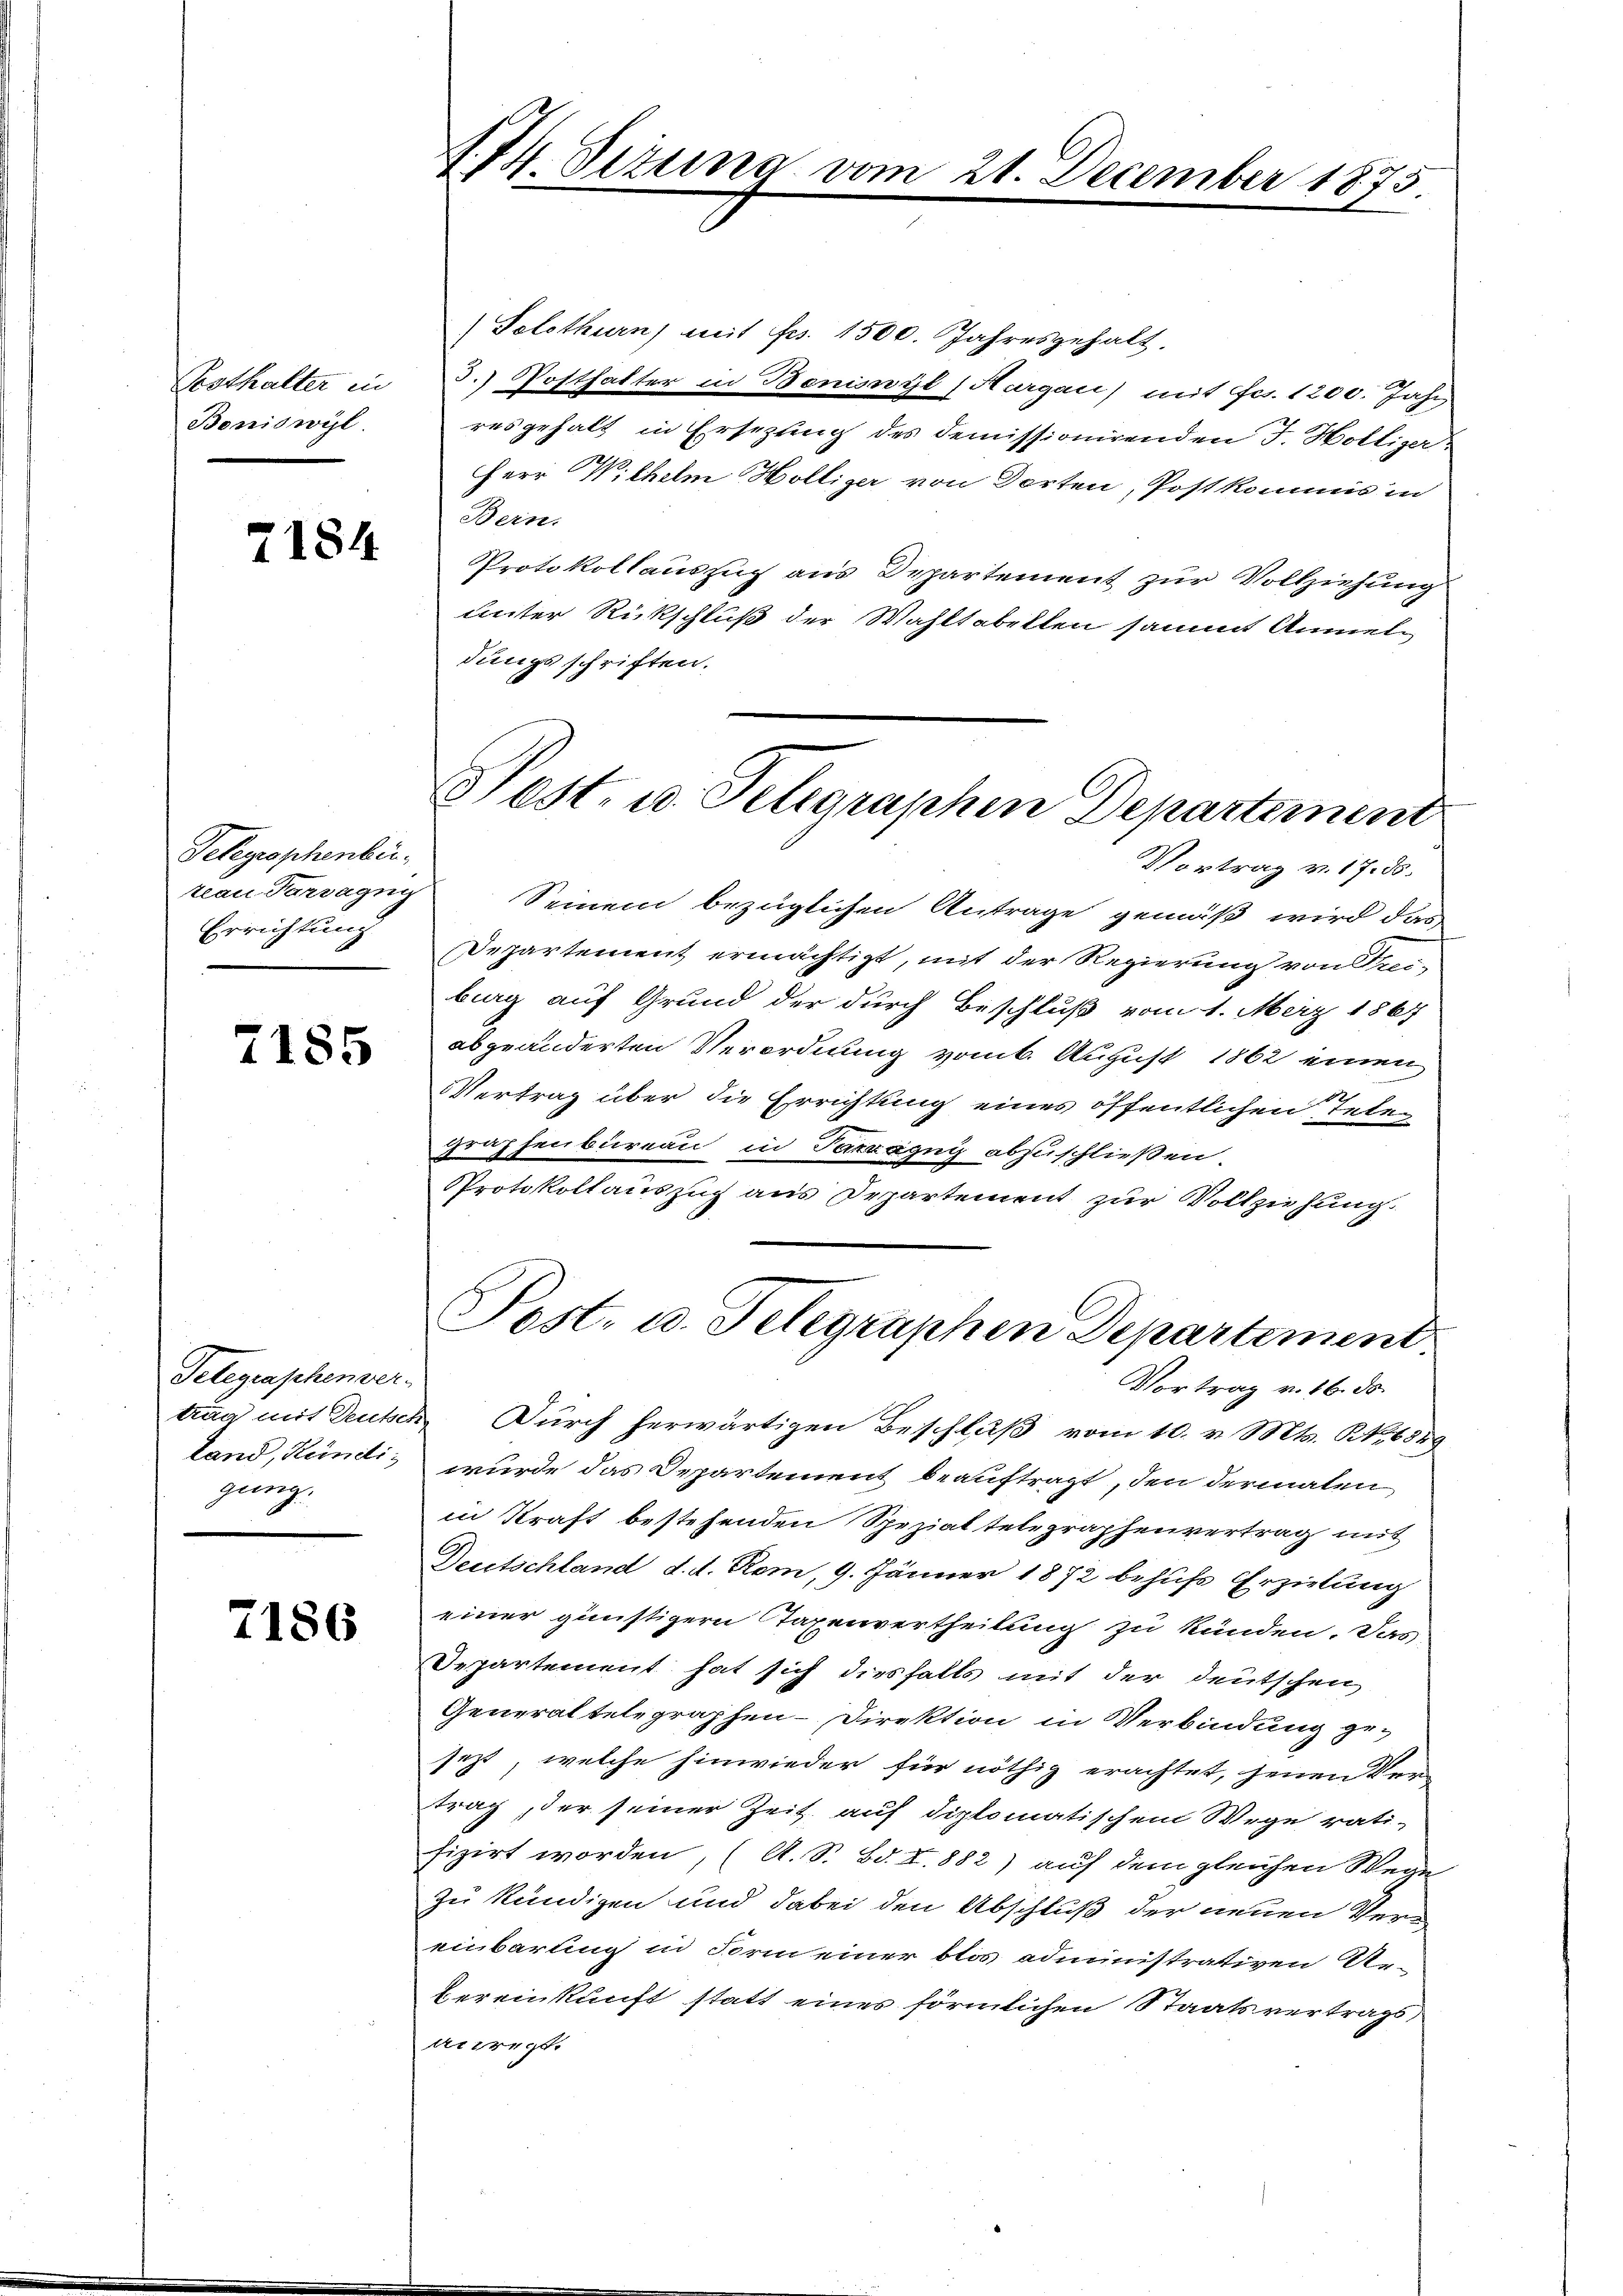
Posthalter in
Beniswyl

7184

Telegraphenbertean Paragri
Errichtung

7185

Telegraphenver-
gung.

7186

S. 74. Sizung von

(Solothurn) mit Fr. 1500. Jahresgehalt.
3. Posthalter in Beniswyl (Aargau) mit Frs. 1200. Jahr
resgehalt in Erseztung des demissionirenden J. Holliser-
Herr Wilhelm Hölliger von Dorten, Postkommis in
Bern.
Protokollauszug aus Departement zur Vollziehung
unter Rückschluß der Wahltabellen sammt Anmeldungs schriften.
Vortrag v. 17. ds.
Seinem bezüglichen Antrage gemäß wird das
Departement ermächtigt, mit der Regierung von Frei-
berg auf Grund der durch Beschluß vom 1. März 1867
abgeänderten Verordnung vom 6. August 1862 einen
VVertrag über die Errichtung eines öffentlichen Telegraphenbureau in Taxzagny abzuschließen,
Protokollauszug aus Departement zur Vollziehung

21. December 1873.

Pest- u. Telegraphen Departement

Post. u. Telegraphen Departement
Vortrag v. 16. ds.

trag mit Deutsch. Durch herwärtigen Beschluß vom 10. v. Mts. No 6589
land, Kündi, wurde das Departement beauftragt, den dermalen
in Kraft bestehenden Spezial telegraphenvertrag mit
Deutschland d. d. Rom, 9. Jänner 1872 behufs Erzielung
einer günstigern Taxenvertheilung zu künden. Das
Departement hat sich diesfalls mit der deutschen
Generaltelegraphen-Direktion in Verbindung ge-
jezt, welche hinwieder für nöthig erachtet, jenen Ven
trag, der seiner Zeit auf diplomatischem Wege rati-
fizirt worden, (A. S. Bd. I. 882) auf dem gleichen Wege-
zu kündigen und dabei den Abschluß der neuen Vereinbarung in Form einer blos administrativen Ur
bereinkunft statt eines förmlichen Staatsvertrags¬
Arzregt.